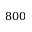
8 0 0